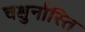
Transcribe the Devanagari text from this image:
चक्षुर्नास्ति